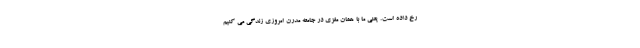
رخ داده است. یعنی ما با همان مغزی در جامعه مدرن امروزی زندگی می کنیم